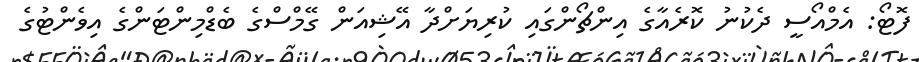
ފޮޓޯ: އެމްއޯސީ ދެކުނު ކޮރެއާގެ އިންޗޯންގައި ކުރިޔަށްދާ އޭޝިއަން ގޭމްސްގެ ބެޑްމިންޓަންގެ އިވެންޓުގެ